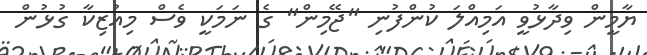
ޔާމީން ވިދާޅުވީ އަމިއްލަ ކުންފުނި "ޖޭމިން" ގެ ނަމަކީ ވެސް މިއުޒިކާ ގުޅުން